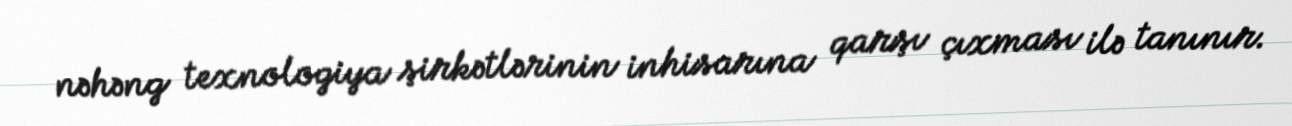
nəhəng texnologiya şirkətlərinin inhisarına qarşı çıxması ilə tanınır.